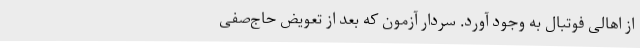
از اهالی فوتبال به وجود آورد. سردار آزمون که بعد از تعویض حاج‌صفی